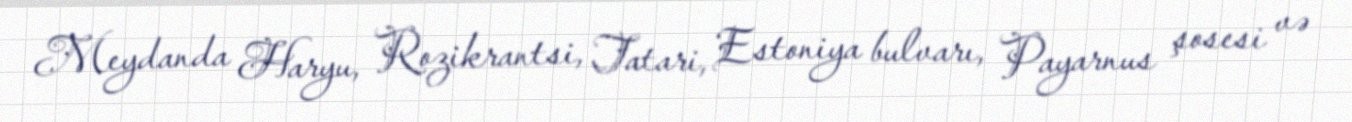
Meydanda Haryu, Rozikrantsi, Tatari, Estoniya bulvarı, Payarnus şosesi və